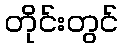
တိုင်းတွင်